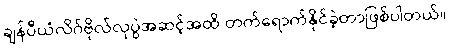
ချန်ပီယံလိဂ်ဗိုလ်လုပွဲအဆင့်အထိ တက်ရောက်နိုင်ခဲ့တာဖြစ်ပါတယ်။